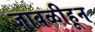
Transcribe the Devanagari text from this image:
जावळीहून